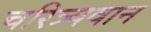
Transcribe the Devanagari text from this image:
चरित्र्यवान